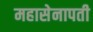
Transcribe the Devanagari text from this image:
महासेनापती